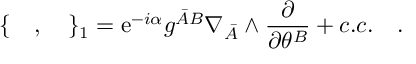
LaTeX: \{ \quad , \quad \} _ { 1 } = \mathrm { e } ^ { - i \alpha } { g ^ { { \bar { A } } B } } \nabla _ { \bar { A } } \wedge \frac { \partial } { \partial \theta ^ { B } } + c . c . \quad .